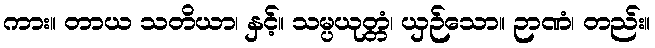
ကား။ တာယ သတိယာ၊ နှင့်။ သမ္ပယုတ္တံ၊ ယှဉ်သော။ ဉာဏံ၊ တည်း။